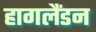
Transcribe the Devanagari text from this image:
हागलैंडन